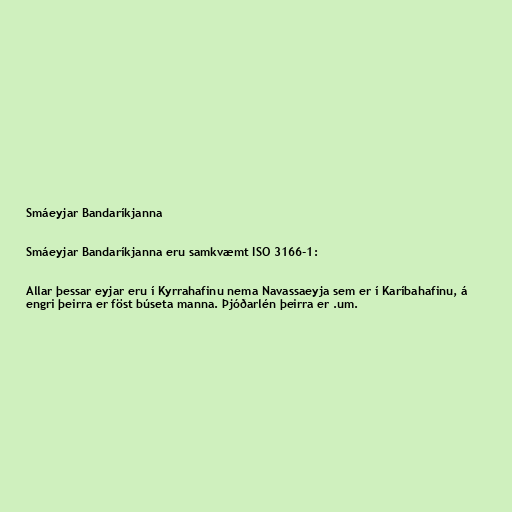
Smáeyjar Bandaríkjanna

Smáeyjar Bandaríkjanna eru samkvæmt ISO 3166-1:

Allar þessar eyjar eru í Kyrrahafinu nema Navassaeyja sem er í Karíbahafinu, á
engri þeirra er föst búseta manna. Þjóðarlén þeirra er .um.